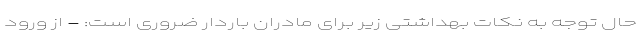
حال توجه به نکات بهداشتی زیر برای مادران باردار ضروری است: - از ورود